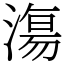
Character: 漡